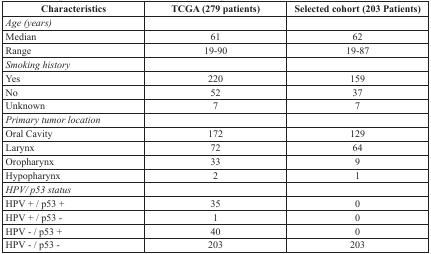
<table><thead><tr><td><b>Characteristics</b></td><td><b>TCGA (279 patients)</b></td><td><b>Selected cohort (203 Patients)</b></td></tr></thead><tbody><tr><td><i>Age (years)</i></td><td></td><td></td></tr><tr><td>Median</td><td>61</td><td>62</td></tr><tr><td>Range</td><td>19-90</td><td>19-87</td></tr><tr><td><i>Smoking history</i></td><td></td><td></td></tr><tr><td>Yes</td><td>220</td><td>159</td></tr><tr><td>No</td><td>52</td><td>37</td></tr><tr><td>Unknown</td><td>7</td><td>7</td></tr><tr><td><i>Primary tumor location</i></td><td></td><td></td></tr><tr><td>Oral Cavity</td><td>172</td><td>129</td></tr><tr><td>Larynx</td><td>72</td><td>64</td></tr><tr><td>Oropharynx</td><td>33</td><td>9</td></tr><tr><td>Hypopharynx</td><td>2</td><td>1</td></tr><tr><td><i>HPV/ p53 status</i></td><td></td><td></td></tr><tr><td>HPV + / p53 +</td><td>35</td><td>0</td></tr><tr><td>HPV + / p53 -</td><td>1</td><td>0</td></tr><tr><td>HPV - / p53 +</td><td>40</td><td>0</td></tr><tr><td>HPV - / p53 -</td><td>203</td><td>203</td></tr></tbody></table>